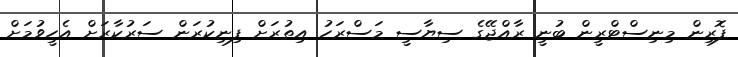
ފޮރިން މިނިސްޓްރީން ބުނީ ރާއްޖޭގެ ސިޔާސީ މަސްރަހު އިތުރަށް ފިނިކުރަން ސަރުކާރަށް އެހީވުމަށް